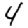
Digit: 4